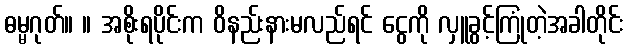
ဓမ္မဂုတ်။ ။ အစိုးရပိုင်းက ဝိနည်းနားမလည်ရင် ငွေကို လှူခွင့်ကြုံတဲ့အခါတိုင်း